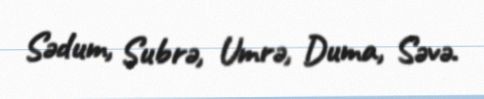
Sədum, Subrə, Umrə, Duma, Səvə.